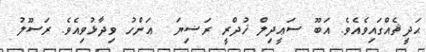
ޙަދީޘެއްގައިވެއެވެ. އަބޫ ސަޢީދިލް ޚުދްރީ ރަޟިޔަ  ޢަންހު ވިދާޅުވިއެވެ. ރަސޫލު